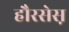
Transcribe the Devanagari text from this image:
हौरसेस़